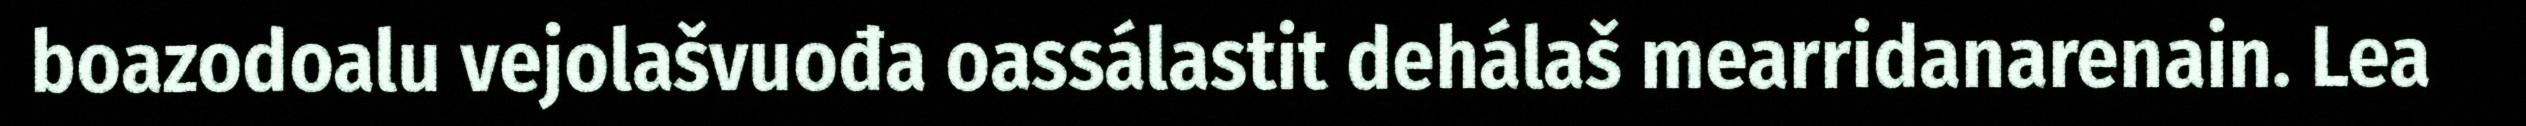
boazodoalu vejolašvuođa oassálastit dehálaš mearridanarenain. Lea